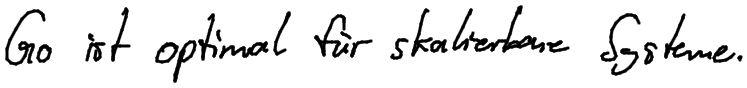
Go ist optimal für skalierbare Systeme.